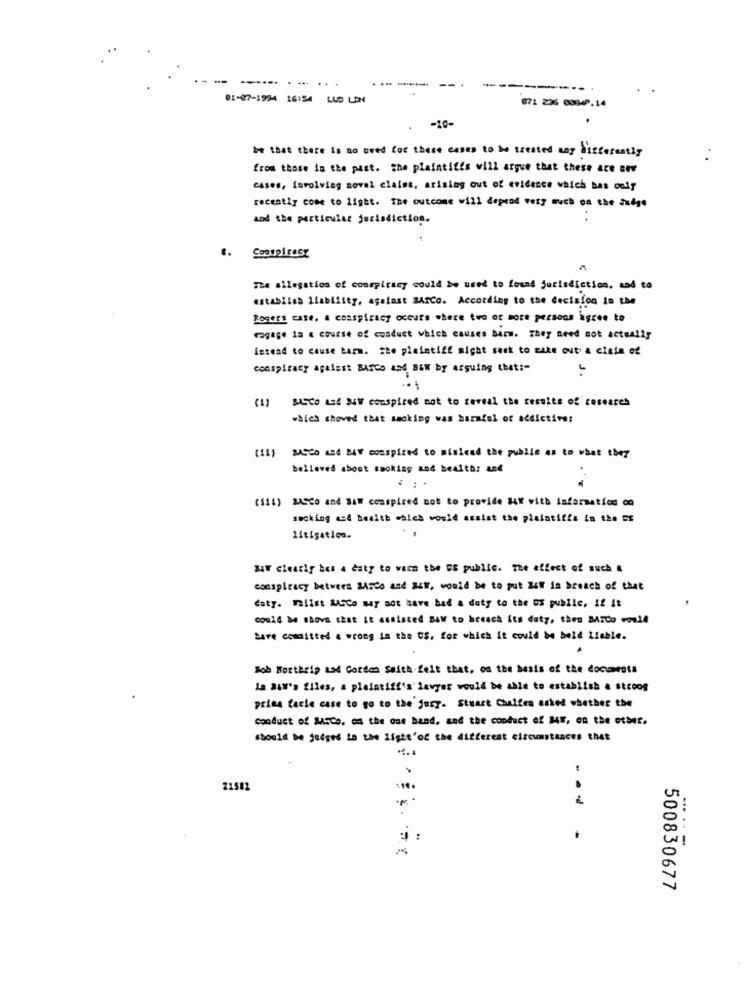
---
-.. ....
01-07-1994 16:54 LUD LON
071 236 0394P.14
that there is no need for these cases to be treated may differently
from those in the past. The plaintiffs will argue that these are now
cases, Involving noval claims, arising out of evidence which bas only
recently come to light. The outcome will deprod very much on the Judge
and the particular jurisdiction.
..
The allegation of conspiracy could be used to found jurisdiction, and to
establish Liability, against BATCo. According to the decision in the
Rogers case, a conspiracy occurs where two or more persons igree to
Fogage la a course of conduct which causes birm. They need not actually
intend to cause Larm. the plaintiff might seek to take out' a claim of
conspiracy against Barco and BEN by arguing that :-
J.
(1) SUCCO and NEW conspired not to reveal the results of receares
which shoved that smoking was harmful of addictive:
BASCO And BAY conspired to mislead the publie as to what they
(11)
believed about smoking and health: and
. . .
(514) BASCO and SAW conspired not to provide #4X with information on
sacking and health which would assist the plaintiffs in the DE
litigation.
BY clearly bes 4 daty to varm the DE public. the effect of such &
conspiracy between Marco and NEW, would be to put NOW in breach of that
doty. Maiist MASCo may not have bad a duty to the US public, if it
could be shove that it assisted BAW to breach its duty, then BATCo would
bare committed & wrong in the OS, for which it could be held liable.
.
Bob Bortheip and Gordon Smith.felt that, on the basis of the documents
La a4W's files, & plaintiff's lavyer would be able to establish a strong
prima facie care to go to the jury. Stuart Challes asked whether the
Conduct of Mice, and the one hand, and the conduct of M4", on the other.
should be judged in the light'of the different circumstances that
21582
20
WI
500830677